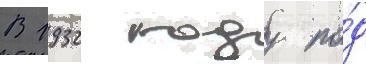
В 1932 году по́д